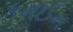
કમઈન